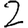
Digit: 2